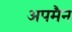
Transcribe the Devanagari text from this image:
अपमैन